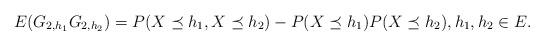
LaTeX: \begin{align*}E(G_{2,h_1}G_{2,h_2}) = P(X\preceq h_1, X \preceq h_2)- P(X\preceq h_1)P( X \preceq h_2), h_1,h_2 \in E.\end{align*}